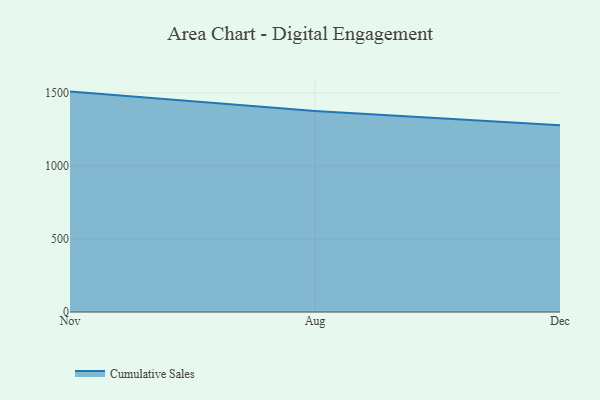
{"axis": {"x": "Month", "y": "Website Visitors"}, "legend": ["Cumulative Sales"], "data": [{"x": "Nov", "y": 1509.3, "type": "Cumulative Sales"}, {"x": "Aug", "y": 1376.4, "type": "Cumulative Sales"}, {"x": "Dec", "y": 1279.5, "type": "Cumulative Sales"}]}